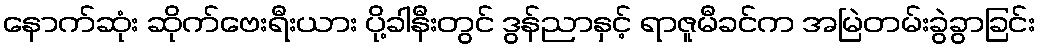
နောက်ဆုံး ဆိုက်ဗေးရီးယား ပို့ခါနီးတွင် ဒွန်ညာနှင့် ရာဇူမီခင်က အမြဲတမ်းခွဲခွာခြင်း